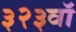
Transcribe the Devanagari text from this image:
३२३वॉ